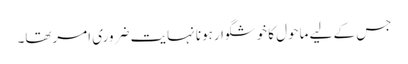
جس کے لیے ماحول کا خوشگوارہونا نہایت ضروری امرتھا۔